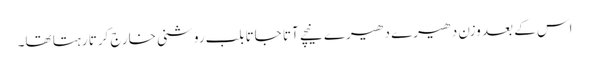
اس کے بعد وزن دھیرے دھیرے نیچے آتا جاتا بلب روشنی خارج کرتا رہتا تھا۔